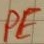
Text: PE